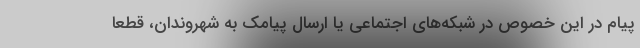
پیام در این خصوص در شبکه‌های اجتماعی یا ارسال پیامک به شهروندان، قطعا